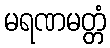
မရဏမတ္တံ